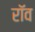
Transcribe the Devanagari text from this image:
रॉव